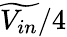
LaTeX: \widetilde{V_{in}}/4